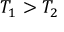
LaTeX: T _ { 1 } > T _ { 2 }